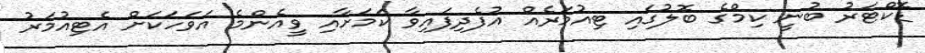
ޑޮކްޓަރު ބުނީ ކިމްގެ ބޮލުގައި ޓިއުމަރެއް އުފެދިފައިވާ ކަމަށާއި ވީއެންމެ އަވަހަކަށް އެޓިއުމަރު